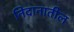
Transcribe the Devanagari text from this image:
निदानातील